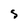
Character: S